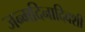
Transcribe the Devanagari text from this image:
जन्मदिनादिवशी